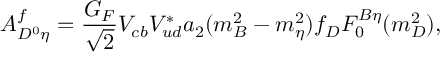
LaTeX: A _ { D ^ { 0 } \eta } ^ { f } = { \frac { G _ { F } } { \sqrt 2 } } V _ { c b } V _ { u d } ^ { * } a _ { 2 } ( m _ { B } ^ { 2 } - m _ { \eta } ^ { 2 } ) f _ { D } F _ { 0 } ^ { B \eta } ( m _ { D } ^ { 2 } ) ,